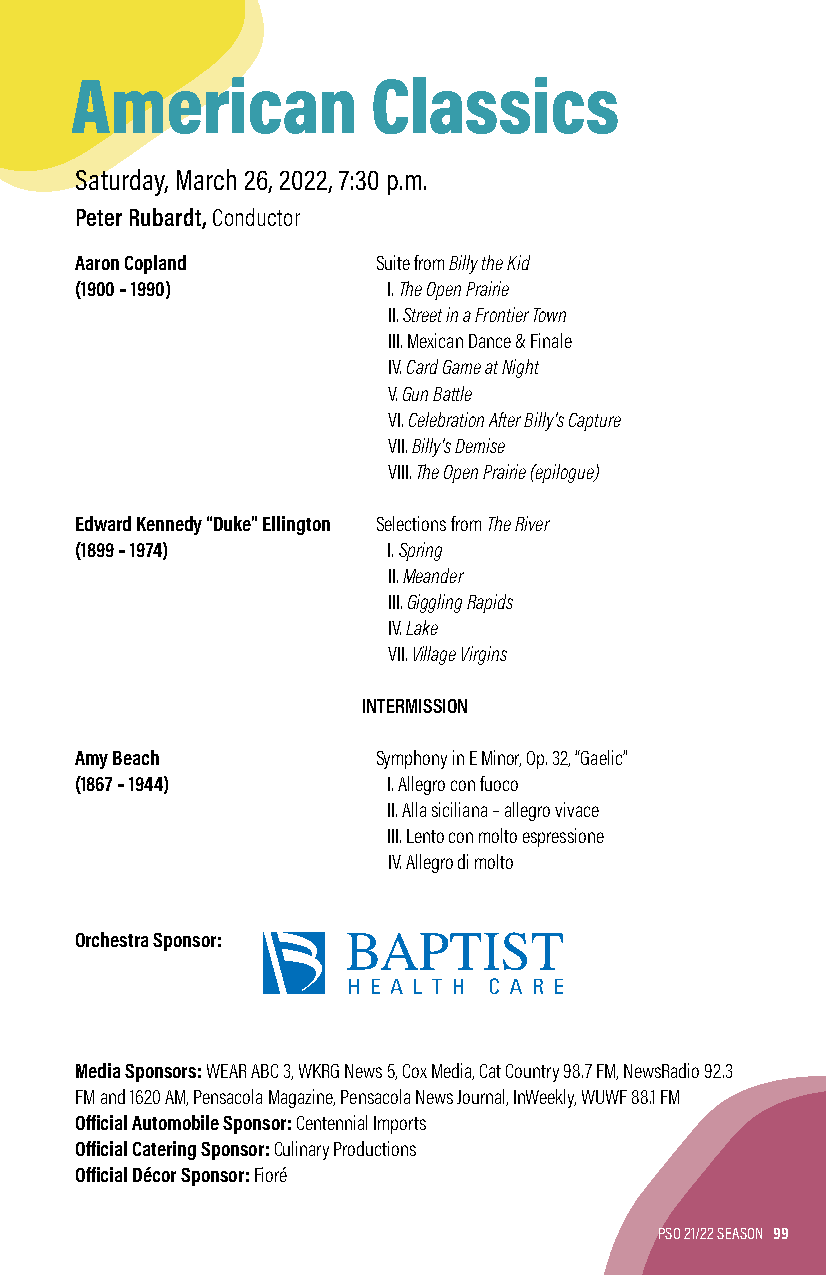
American            Classics
 Saturday, March 26, 2022, 7:30 p.m.
 Peter Rubardt, Conductor
 Aaron Copland       Suite from Billy the Kid
 (1900 – 1990)        I. The Open Prairie
 II. Street in a Frontier Town
 III. Mexican Dance & Finale
 IV. Card Game at Night
 V. Gun Battle
 VI. Celebration After Billy’s Capture
 VII. Billy’s Demise
 VIII. The Open Prairie (epilogue)
 Edward Kennedy “Duke” Ellington Selections from The River
 (1899 – 1974)        I. Spring
 II. Meander
 III. Giggling Rapids
 IV. Lake
 VII. Village Virgins
 INTERMISSION
 Amy Beach           Symphony in E Minor, Op. 32, “Gaelic”
 (1867 – 1944)        I. Allegro con fuoco
 II. Alla siciliana – allegro vivace
 III. Lento con molto espressione
 IV. Allegro di molto
 Orchestra Sponsor:
 Media Sponsors: WEAR ABC 3, WKRG News 5, Cox Media, Cat Country 98.7 FM, NewsRadio 92.3
 FM and 1620 AM, Pensacola Magazine, Pensacola News Journal, InWeekly, WUWF 88.1 FM
 Official Automobile Sponsor: Centennial Imports
 Official Catering Sponsor: Culinary Productions
 Official Décor Sponsor: Fioré
 PSO 21/22 SEASON 99